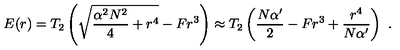
E ( r ) = T _ { 2 } \left( \sqrt { { \frac { \alpha ^ { 2 } N ^ { 2 } } { 4 } } + r ^ { 4 } } - F r ^ { 3 } \right) \approx T _ { 2 } \left( { \frac { N \alpha ^ { \prime } } { 2 } } - F r ^ { 3 } + { \frac { r ^ { 4 } } { N \alpha ^ { \prime } } } \right) \ .